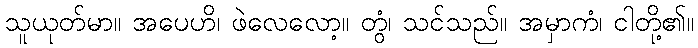
သူယုတ်မာ။ အပေဟိ၊ ဖဲလေလော့။ တွံ၊ သင်သည်။ အမှာကံ၊ ငါတို့၏။